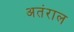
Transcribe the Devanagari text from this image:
अतंराल